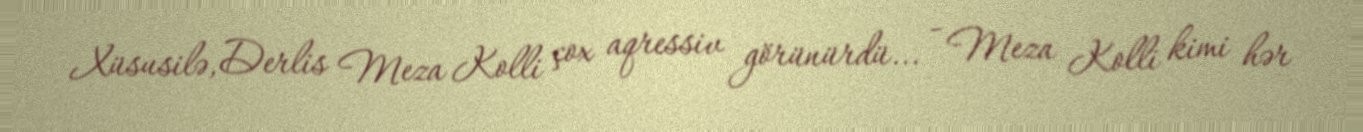
Xüsusilə, Derlis Meza Kolli çox aqressiv görünürdü... - Meza Kolli kimi hər